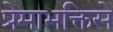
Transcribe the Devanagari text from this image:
प्रेमाभक्तिसे